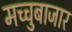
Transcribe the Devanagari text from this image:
मच्चुबाजार